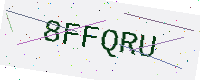
Text: 8FFQRU